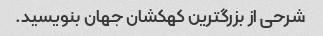
شرحی از بزرگترین کهکشان جهان بنویسید.